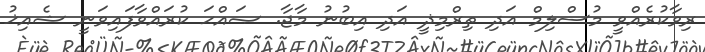
ރިވާކުރެއްވީ މުސްލިމް އަދި ތިރްމިޛީ އަދި އިބުނު މާޖާ. ޞައްޙަ ކުރައްވާފައިވަނީ ޝެއިޚު